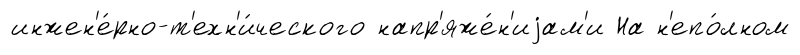
инжен'е́рно-т'ехн'и́ческого напр'яже́н'иjам'и На н'епо́лном